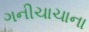
ગનીચાચાના